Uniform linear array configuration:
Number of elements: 24
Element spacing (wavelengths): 0.5
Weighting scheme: hamming
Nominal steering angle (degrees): -60
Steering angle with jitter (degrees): -60.08
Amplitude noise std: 0.05
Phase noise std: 0.05

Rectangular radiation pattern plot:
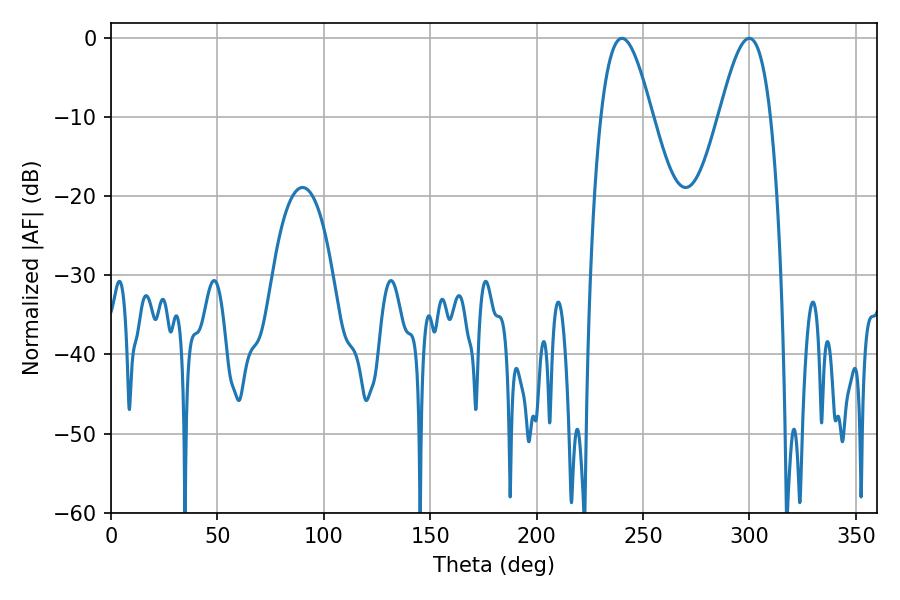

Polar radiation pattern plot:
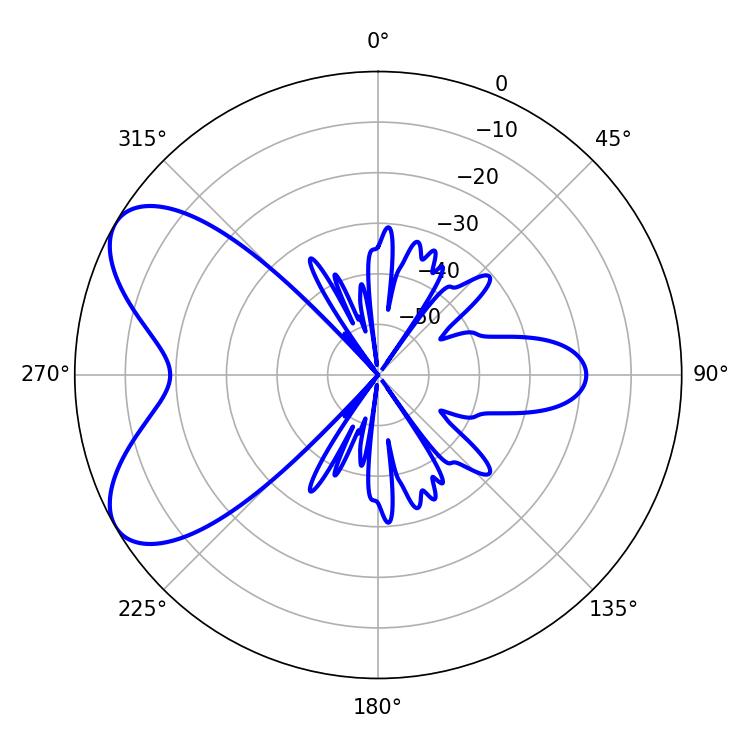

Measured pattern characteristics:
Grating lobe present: FALSE
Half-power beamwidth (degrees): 13.14
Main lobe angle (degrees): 299.88